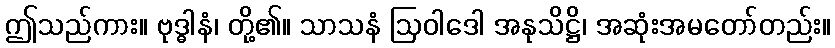
ဤသည်ကား။ ဗုဒ္ဓါနံ၊ တို့၏။ သာသနံ ဩဝါဒေါ အနုသိဋ္ဌိ၊ အဆုံးအမတော်တည်း။